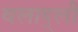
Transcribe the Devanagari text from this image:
वलाद्ली